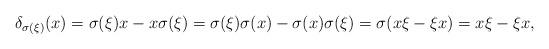
LaTeX: \begin{align*}\delta_{\sigma(\xi)}(x)=\sigma(\xi)x-x\sigma(\xi)=\sigma(\xi)\sigma(x)-\sigma(x)\sigma(\xi)=\sigma(x\xi-\xi x)=x\xi-\xi x,\end{align*}